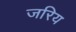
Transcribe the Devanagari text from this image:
जरिय